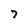
Character: 7